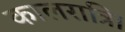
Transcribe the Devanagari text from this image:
कालरात्रि।